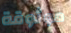
موثوقة